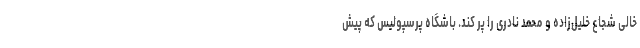
خالی شجاع خلیل‌زاده و محمد نادری را پُر کند. باشگاه پرسپولیس که پیش